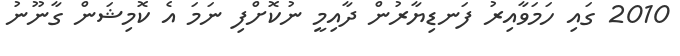
2010 ގައި ހަމަވާއިރު ފަނޑިޔާރުން ދާއިމީ ނުކޮށްފި ނަމަ އެ ކޮމިޝަން ގާނޫނު